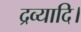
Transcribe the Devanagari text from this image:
द्रव्यादि।